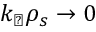
k _ { \perp } \rho _ { s } \to 0